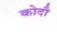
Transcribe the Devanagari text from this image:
कोदौ